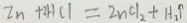
Z n + 2 H C l = 2 n C l _ { 2 } + H _ { 2 } P